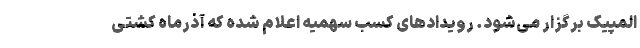
المپیک برگزار می‌شود. رویدادهای کسب سهمیه اعلام شده که آذرماه کشتی